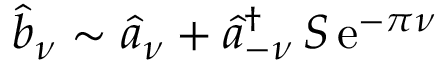
\widehat { b } _ { \nu } \sim \widehat { a } _ { \nu } + \widehat { a } _ { - \nu } ^ { \dagger } \, S \, \mathrm { e } ^ { - \pi \nu }